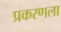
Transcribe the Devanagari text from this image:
प्रकरणला